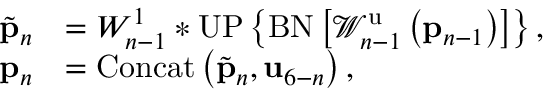
\begin{array} { r l } { \tilde { { \bf p } } _ { n } } & { = W _ { n - 1 } ^ { 1 } * \mathrm { U P } \left\{ \mathrm { B N } \left[ \mathcal { W } _ { n - 1 } ^ { \mathrm { u } } \left( { \bf p } _ { n - 1 } \right) \right] \right\} , } \\ { { \bf p } _ { n } } & { = \mathrm { C o n c a t } \left( \tilde { { \bf p } } _ { n } , { \bf u } _ { 6 - n } \right) , } \end{array}